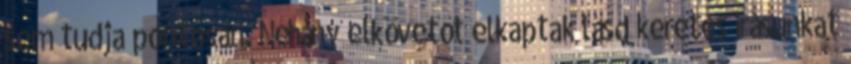
sem tudja pontosan. Néhány elkövetőt elkaptak lásd keretes írásunkat